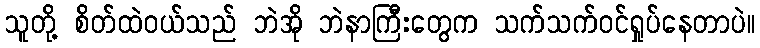
သူတို့ စိတ်ထဲဝယ်သည် ဘဲအို ဘဲနာကြီးတွေက သက်သက်ဝင်ရှုပ်နေတာပဲ။